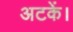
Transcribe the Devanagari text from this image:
अटकें।